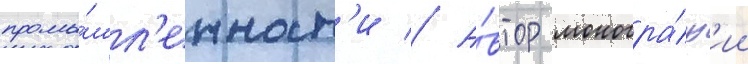
промы́шл'енност'и // А́втор моногра́ф'ии